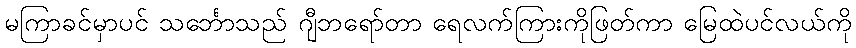
မကြာခင်မှာပင် သင်္ဘောသည် ဂျီဘရော်တာ ရေလက်ကြားကိုဖြတ်ကာ မြေထဲပင်လယ်ကို